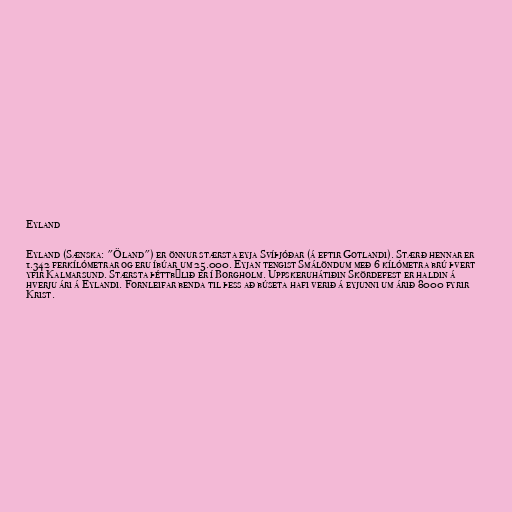
Eyland

Eyland (Sænska: "Öland") er önnur stærsta eyja Svíþjóðar (á eftir Gotlandi). Stærð hennar er
1.342 ferkílómetrar og eru íbúar um 25.000. Eyjan tengist Smálöndum með 6 kílómetra brú þvert
yfir Kalmarsund. Stærsta þéttbýlið er í Borgholm. Uppskeruhátiðin Skördefest er haldin á
hverju ári á Eylandi. Fornleifar benda til þess að búseta hafi verið á eyjunni um árið 8000 fyrir
Krist.